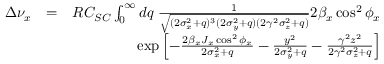
\begin{array} { r l r } { \Delta \nu _ { x } } & { = } & { R C _ { S C } \int _ { 0 } ^ { \infty } d q \; \frac { 1 } { \sqrt { ( 2 \sigma _ { x } ^ { 2 } + q ) ^ { 3 } ( 2 \sigma _ { y } ^ { 2 } + q ) ( 2 \gamma ^ { 2 } \sigma _ { z } ^ { 2 } + q ) } } 2 \beta _ { x } \cos ^ { 2 } \phi _ { x } } \\ & { } & { \exp \left[ - \frac { 2 \beta _ { x } J _ { x } \cos ^ { 2 } \phi _ { x } } { 2 \sigma _ { x } ^ { 2 } + q } - \frac { y ^ { 2 } } { 2 \sigma _ { y } ^ { 2 } + q } - \frac { \gamma ^ { 2 } z ^ { 2 } } { 2 \gamma ^ { 2 } \sigma _ { z } ^ { 2 } + q } \right] } \end{array}